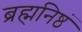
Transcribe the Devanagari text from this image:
ब्रह्मनिष्ठं